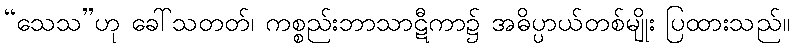
“သေသ”ဟု ခေါ်သတတ်၊ ကစ္စည်းဘာသာဋီကာ၌ အဓိပ္ပာယ်တစ်မျိုး ပြထားသည်။